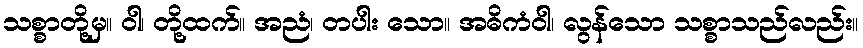
သစ္စာတို့မှ။ ဝါ၊ တို့ထက်။ အညံ၊ တပါး သော။ အဓိကံဝါ၊ လွန်သော သစ္စာသည်လည်း။